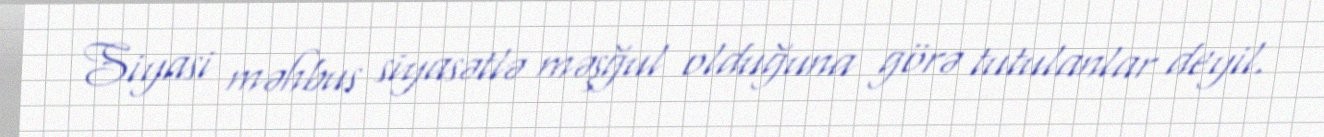
Siyasi məhbus siyasətlə məşğul olduğuna görə tutulanlar deyil.